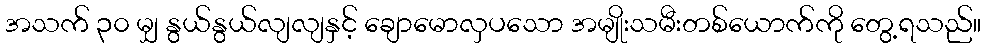
အသက် ၃၀ မျှ နွယ်နွယ်လျလျနှင့် ချောမောလှပသော အမျိုးသမီးတစ်ယောက်ကို တွေ့ရသည်။